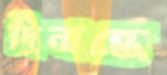
দিনান্তে